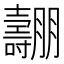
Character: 𡕑